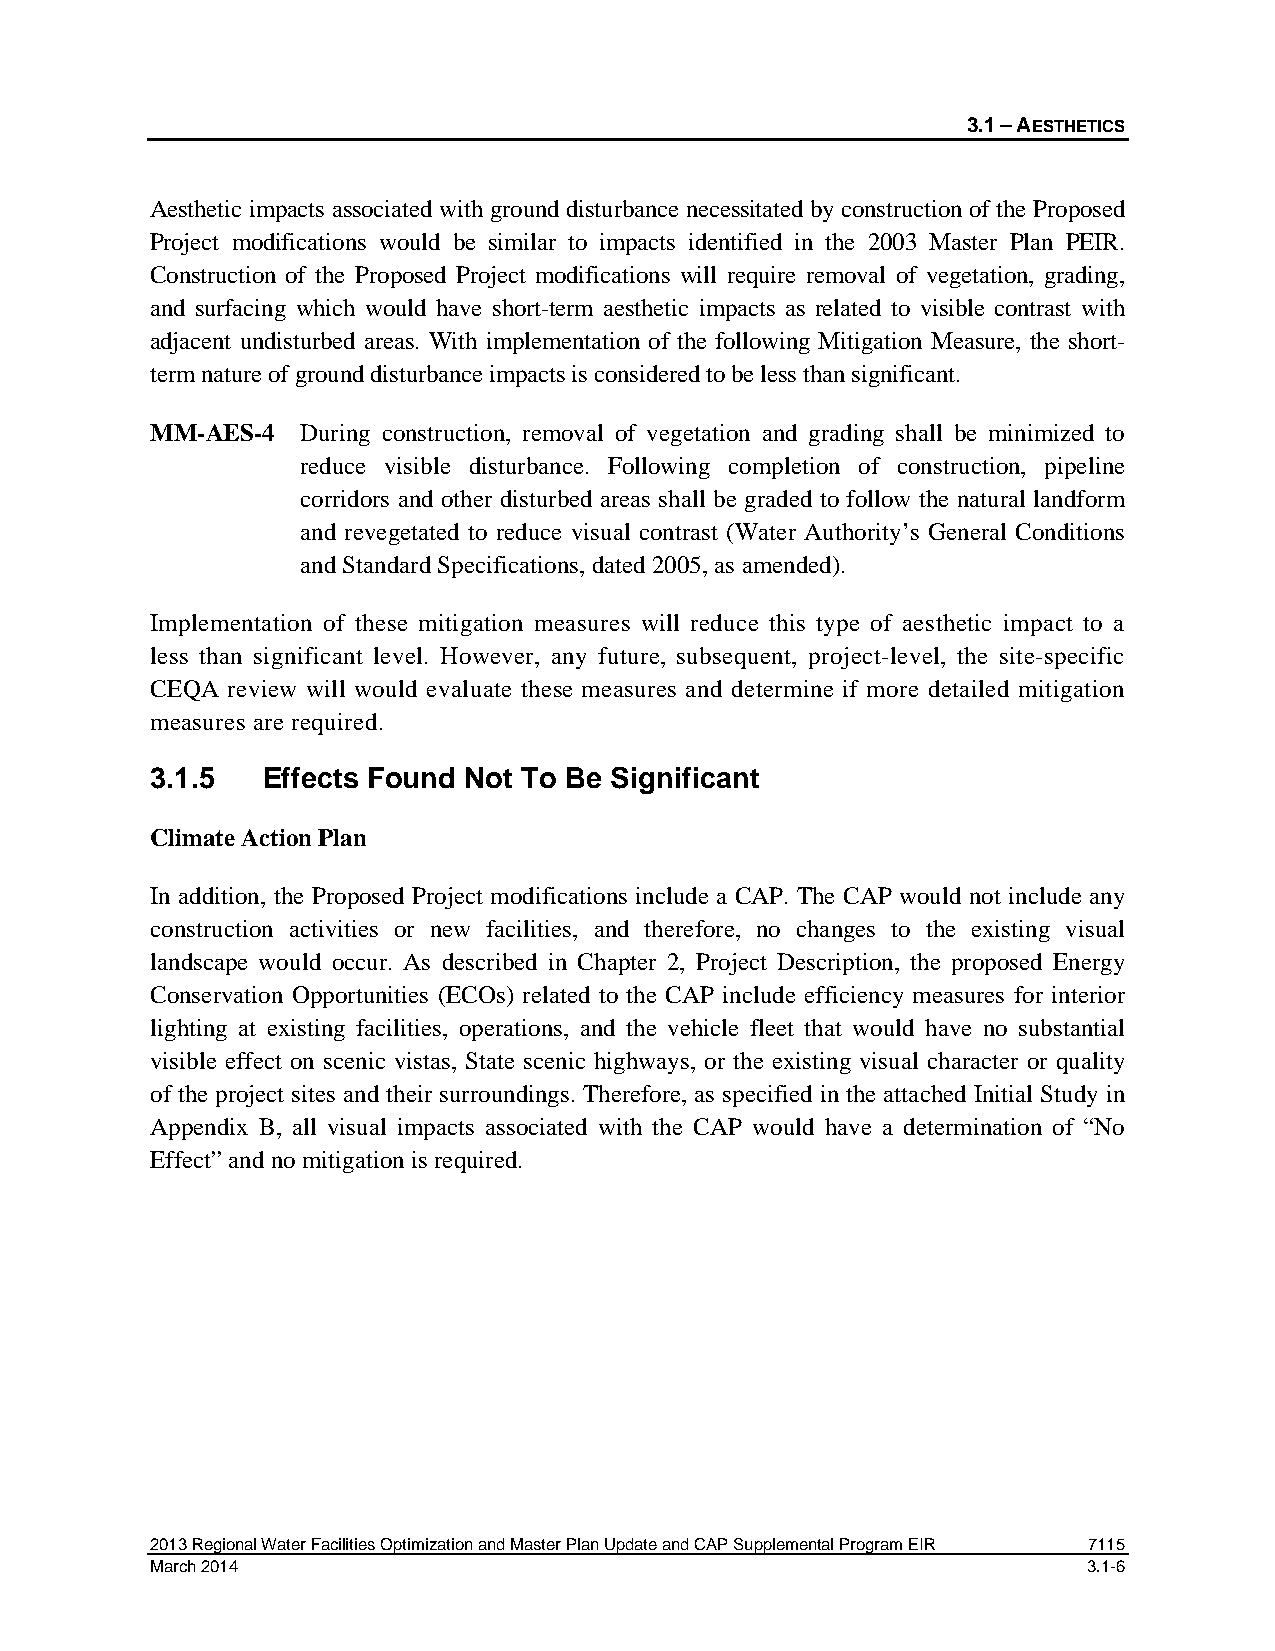
3.1 – AESTHETICS
 Aesthetic impacts associated with ground disturbance necessitated by construction of the Proposed
 Project modifications would be similar to impacts identified in the 2003 Master Plan PEIR.
 Construction of the Proposed Project modifications will require removal of vegetation, grading,
 and surfacing which would have short-term aesthetic impacts as related to visible contrast with
 adjacent undisturbed areas. With implementation of the following Mitigation Measure, the short-
 term nature of ground disturbance impacts is considered to be less than significant.
 MM-AES-4  During construction, removal of vegetation and grading shall be minimized to
 reduce visible disturbance. Following completion of construction, pipeline
 corridors and other disturbed areas shall be graded to follow the natural landform
 and revegetated to reduce visual contrast (Water Authority’s General Conditions
 and Standard Specifications, dated 2005, as amended).
 Implementation of these mitigation measures will reduce this type of aesthetic impact to a
 less than significant level. However, any future, subsequent, project-level, the site-specific
 CEQA review will would evaluate these measures and determine if more detailed mitigation
 measures are required.
 3.1.5  Effects Found Not To Be Significant
 Climate Action Plan
 In addition, the Proposed Project modifications include a CAP. The CAP would not include any
 construction activities or new facilities, and therefore, no changes to the existing visual
 landscape would occur. As described in Chapter 2, Project Description, the proposed Energy
 Conservation Opportunities (ECOs) related to the CAP include efficiency measures for interior
 lighting at existing facilities, operations, and the vehicle fleet that would have no substantial
 visible effect on scenic vistas, State scenic highways, or the existing visual character or quality
 of the project sites and their surroundings. Therefore, as specified in the attached Initial Study in
 Appendix B, all visual impacts associated with the CAP would have a determination of “No
 Effect” and no mitigation is required.
 2013 Regional Water Facilities Optimization and Master Plan Update and CAP Supplemental Program EIR 7115
 March 2014                                                    3.1-6